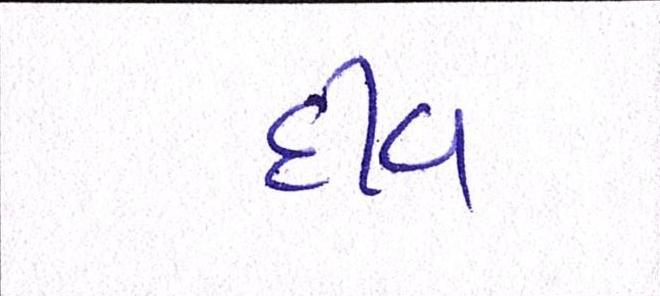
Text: દીવ